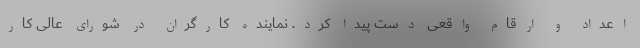
اعداد و ارقام واقعی دست پیدا کرد. نماینده کارگران در شورای عالی کار